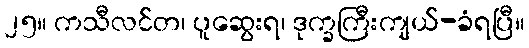
၂၅။ ကသီလင်တ၊ ပူဆွေးရ၊ ဒုက္ခကြီးကျယ်-ခံရပြီ။